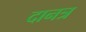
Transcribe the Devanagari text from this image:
दानत्र